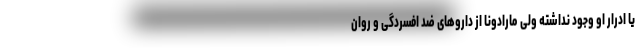
یا ادرار او وجود نداشته ولی مارادونا از داروهای ضد افسردگی و روان